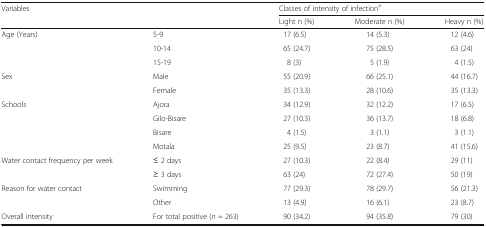
<table><thead><tr><td rowspan="2" colspan="2"><b>Variables</b></td><td colspan="3"><b>Classes of intensity of infection<sup>a</sup></b></td></tr><tr><td><b>Light n (%)</b></td><td><b>Moderate n (%)</b></td><td><b>Heavy n (%)</b></td></tr></thead><tbody><tr><td rowspan="3">Age (Years)</td><td>5-9</td><td>17 (6.5)</td><td>14 (5.3)</td><td>12 (4.6)</td></tr><tr><td>10-14</td><td>65 (24.7)</td><td>75 (28.5)</td><td>63 (24)</td></tr><tr><td>15-19</td><td>8 (3)</td><td>5 (1.9)</td><td>4 (1.5)</td></tr><tr><td rowspan="2">Sex</td><td>Male</td><td>55 (20.9)</td><td>66 (25.1)</td><td>44 (16.7)</td></tr><tr><td>Female</td><td>35 (13.3)</td><td>28 (10.6)</td><td>35 (13.3)</td></tr><tr><td rowspan="4">Schools</td><td>Ajora</td><td>34 (12.9)</td><td>32 (12.2)</td><td>17 (6.5)</td></tr><tr><td>Gilo-Bisare</td><td>27 (10.3)</td><td>36 (13.7)</td><td>18 (6.8)</td></tr><tr><td>Bisare</td><td>4 (1.5)</td><td>3 (1.1)</td><td>3 (1.1)</td></tr><tr><td>Motala</td><td>25 (9.5)</td><td>23 (8.7)</td><td>41 (15.6)</td></tr><tr><td rowspan="2">Water contact frequency per week</td><td>≤ 2 days</td><td>27 (10.3)</td><td>22 (8.4)</td><td>29 (11)</td></tr><tr><td>≥ 3 days</td><td>63 (24)</td><td>72 (27.4)</td><td>50 (19)</td></tr><tr><td rowspan="2">Reason for water contact</td><td>Swimming</td><td>77 (29.3)</td><td>78 (29.7)</td><td>56 (21.3)</td></tr><tr><td>Other</td><td>13 (4.9)</td><td>16 (6.1)</td><td>23 (8.7)</td></tr><tr><td>Overall intensity</td><td>For total positive (<i>n</i> = 263)</td><td>90 (34.2)</td><td>94 (35.8)</td><td>79 (30)</td></tr></tbody></table>